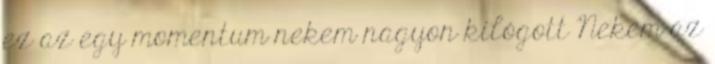
ez az egy momentum nekem nagyon kilógott Nekem az